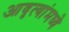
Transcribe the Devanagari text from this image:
आवृत्यांमध्ये